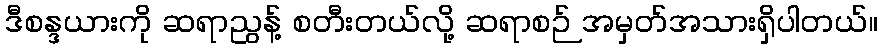
ဒီစန္ဒယားကို ဆရာညွန့် စတီးတယ်လို့ ဆရာစဉ် အမှတ်အသားရှိပါတယ်။